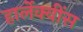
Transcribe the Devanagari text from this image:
हार्लेक्वींस